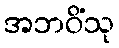
အဘဝိံသု